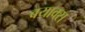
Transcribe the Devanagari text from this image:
वयाक्स